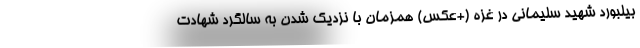
بیلبورد شهید سلیمانی در غزه (+عکس) همزمان با نزدیک شدن به سالگرد شهادت